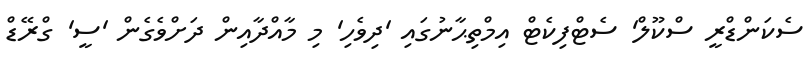
ސެކަންޑްރީ ސްކޫލް' ސެޓްފިކެޓް އިމްތިޙާނުގައި 'ދިވެހި' މި މާއްދާއިން ދަށްވެގެން 'ސީ' ގްރޭޑް